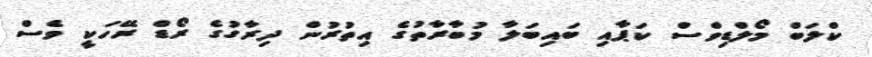
ކްލަބް މޯލްޑިވްސް ކަޕާއި ބައިބަލާ މުބާރާތުގެ އިތުރުން ދިރާގުގެ ރޯޑް ރޭހަކީ ވެސް